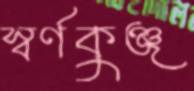
স্বর্ণকুঞ্জ